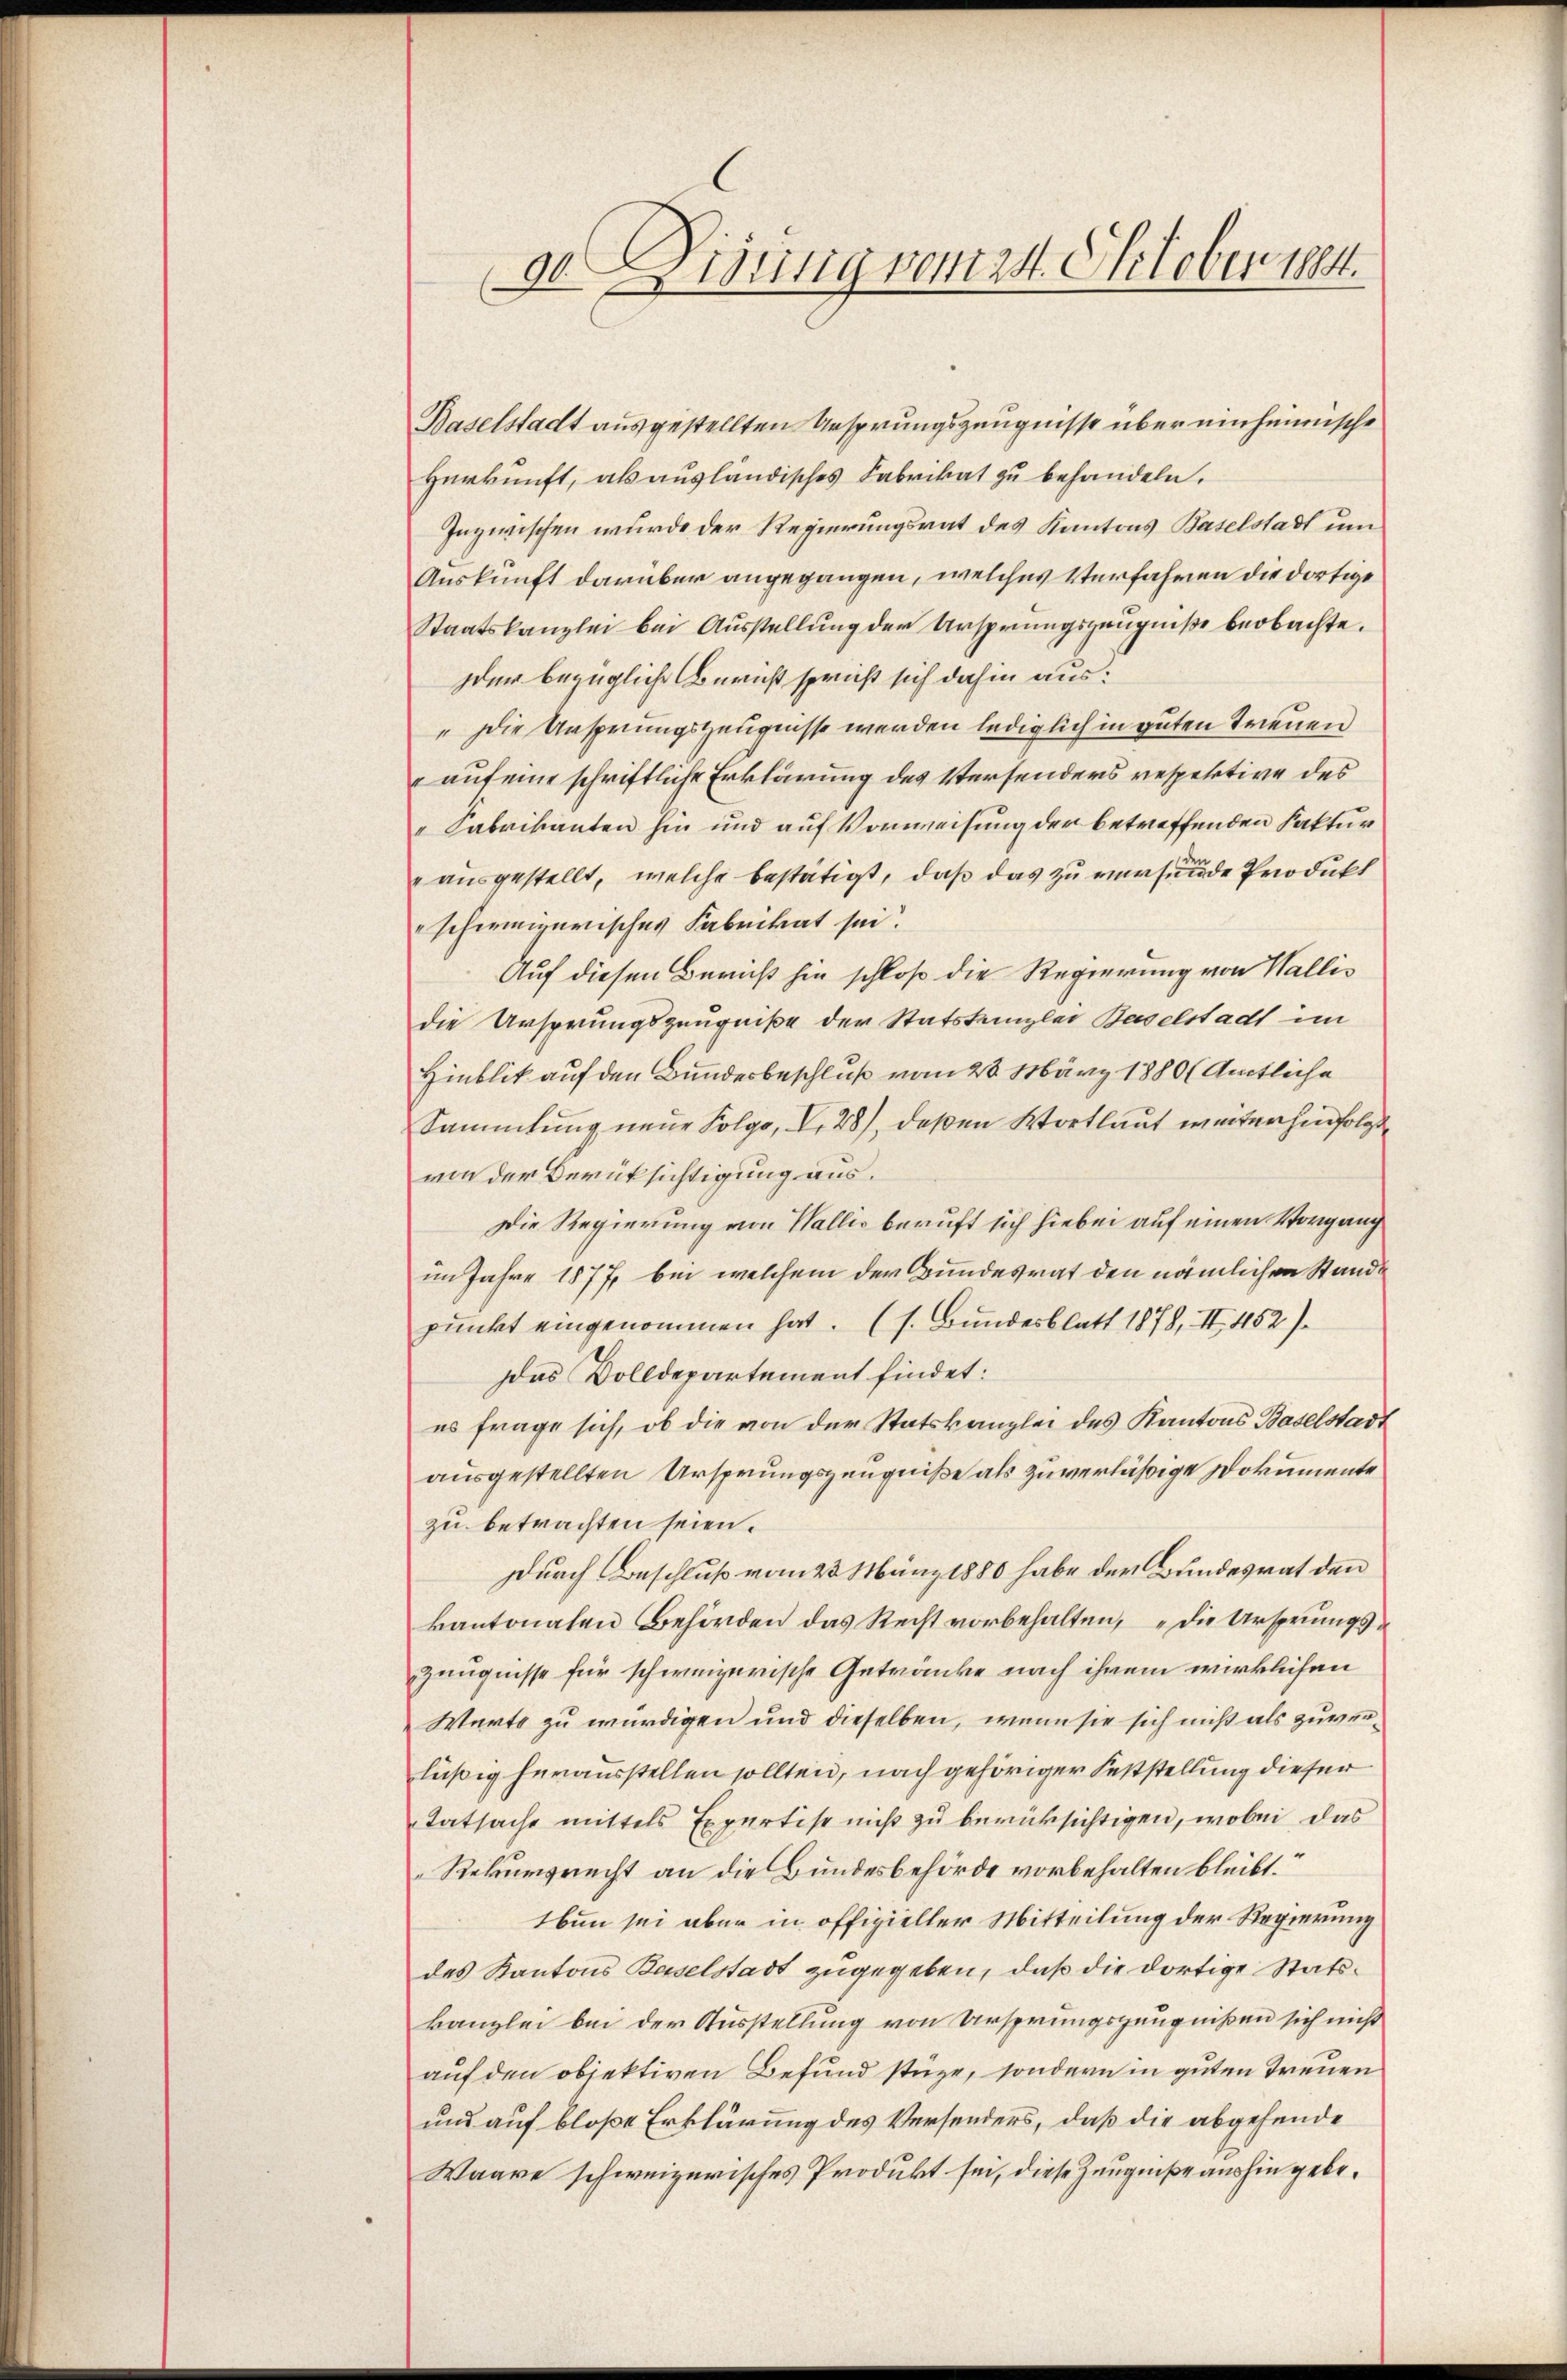
da Vigung vom 24. Oktober 1884.
.

Baselstadt ausgestellten Ursprungszeugnisse über einheimische
Herkunft, als ausländisches Fabrikat zu behandeln.
Inzwischen wurde der Regierungsrat des Kantons Baselstadt um
Auskunft darüber angegangen, welches Verfahren die dortige
Staatskanzlei bei Ausstellung der Ursprungszeugniße beobachte.
der bezügliche Bericht spricht sich dahin aus¬
" Die Ansprungszeugnisse werden lediglich in guten Treuen
auf eine schriftliche Erklärung des Versenders respektive des
" Fabrikanten hin und auf Vorweisung der betreffenden Faktur
ausgestellt, welche bestätigt, daß das zu versende Produkt
schweizerisches Fabrikat sei.
Auf diesen Bericht hin schloß die Regierung von Wallis
die Ursprungszeugniße der Statstanzlei Baselstadt im
Hinblik auf den Bundesbeschluß vom 28. März 1880 ( Amtliche
Sammlung neue Folgo, I. 28), deßen Kortlaut weiter hinfolgt
von der Berüksichtigung aus.
Die Regierung von Wallis beruft sich hiebei auf einen Vorgang
im Jahre 1877, bei welchem der Bundesrat den nämlichen Standpunkt eingenommen hat. (s. Bundesblatt 1878, II 452)
Das Volldepartement findet:
es frage sich, ob die von der Statskanzlei des Kantons Baselstadt
ausgestellten Ursprungszeugniße als zu verlässige Dokumente
zu betrachten seien.
Durch Beschluß vom 23. März 1880 habe der Bundesrat den
kantonalen Behörden das Recht vorbehalten, „die Ursprungs¬
Zeugnisse für schweizerische Getränke nach ihrem wirklichen
Werte zu würdigen und dieselben, wenn sie sich mich als zuverlüßig herausstellen sollten, nach gehöriger Feststellung dieser
Tatsache mittels Expertise nicht zu berüksichtigen, wobei das
Rekursrecht an die Bundesbehörde vorbehalten bleibt.“
Eben sei aber in offizieller Mitteilung der Regierung
des Kantons Baselstadt zugegeben, daß die dortige Statskanzlei bei der Ausstellung von Ursprungszeugnißen sich nicht
auf den objektiven Befund stüze, sondern in guten Treuen
und auf bloße Erklärung des Versenders, daß die abgehende
Waare schweizerisches Produkt sei, diese Zeugniße aushin gebe¬